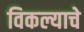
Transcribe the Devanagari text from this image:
विकल्याचे